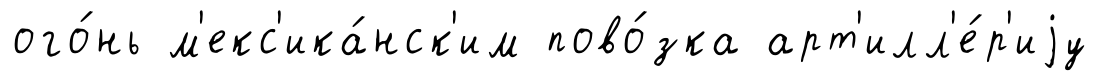
ого́нь м'екс'ика́нск'им пово́зка арт'илл'е́р'иjу